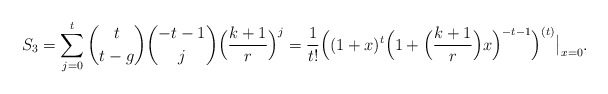
\begin{align*}S_3=\sum_{j=0}^t \binom{t}{t-g}\binom{-t-1}{j}\Big(\frac{k+1}{r}\Big)^j=\frac{1}{t!}\Big((1+x)^t\Big(1+\Big(\frac{k+1}{r}\Big) x\Big)^{-t-1}\Big)^{(t)}\big|_{x=0}.\end{align*}